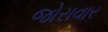
જોરાવાર